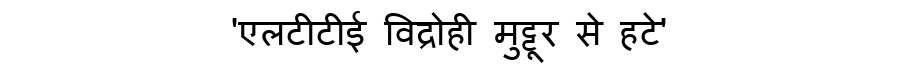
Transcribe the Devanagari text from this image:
'एलटीटीई विद्रोही मुट्टूर से हटे'